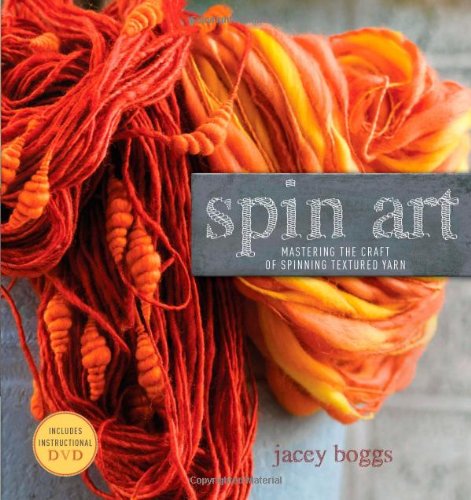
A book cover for Spin Art: Mastering the Craft of Spinning Textured Yarn; Jacey Boggs; Crafts, Hobbies & Home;